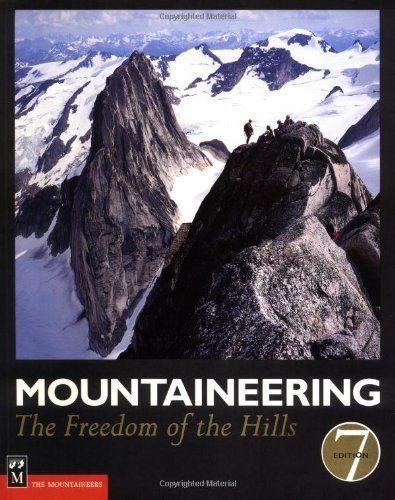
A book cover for Mountaineering: The Freedom of the Hills; The Mountaineers; Sports & Outdoors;